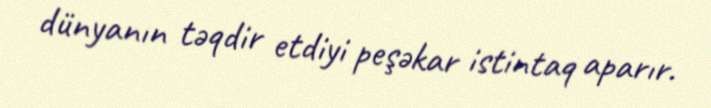
dünyanın təqdir etdiyi peşəkar istintaq aparır.